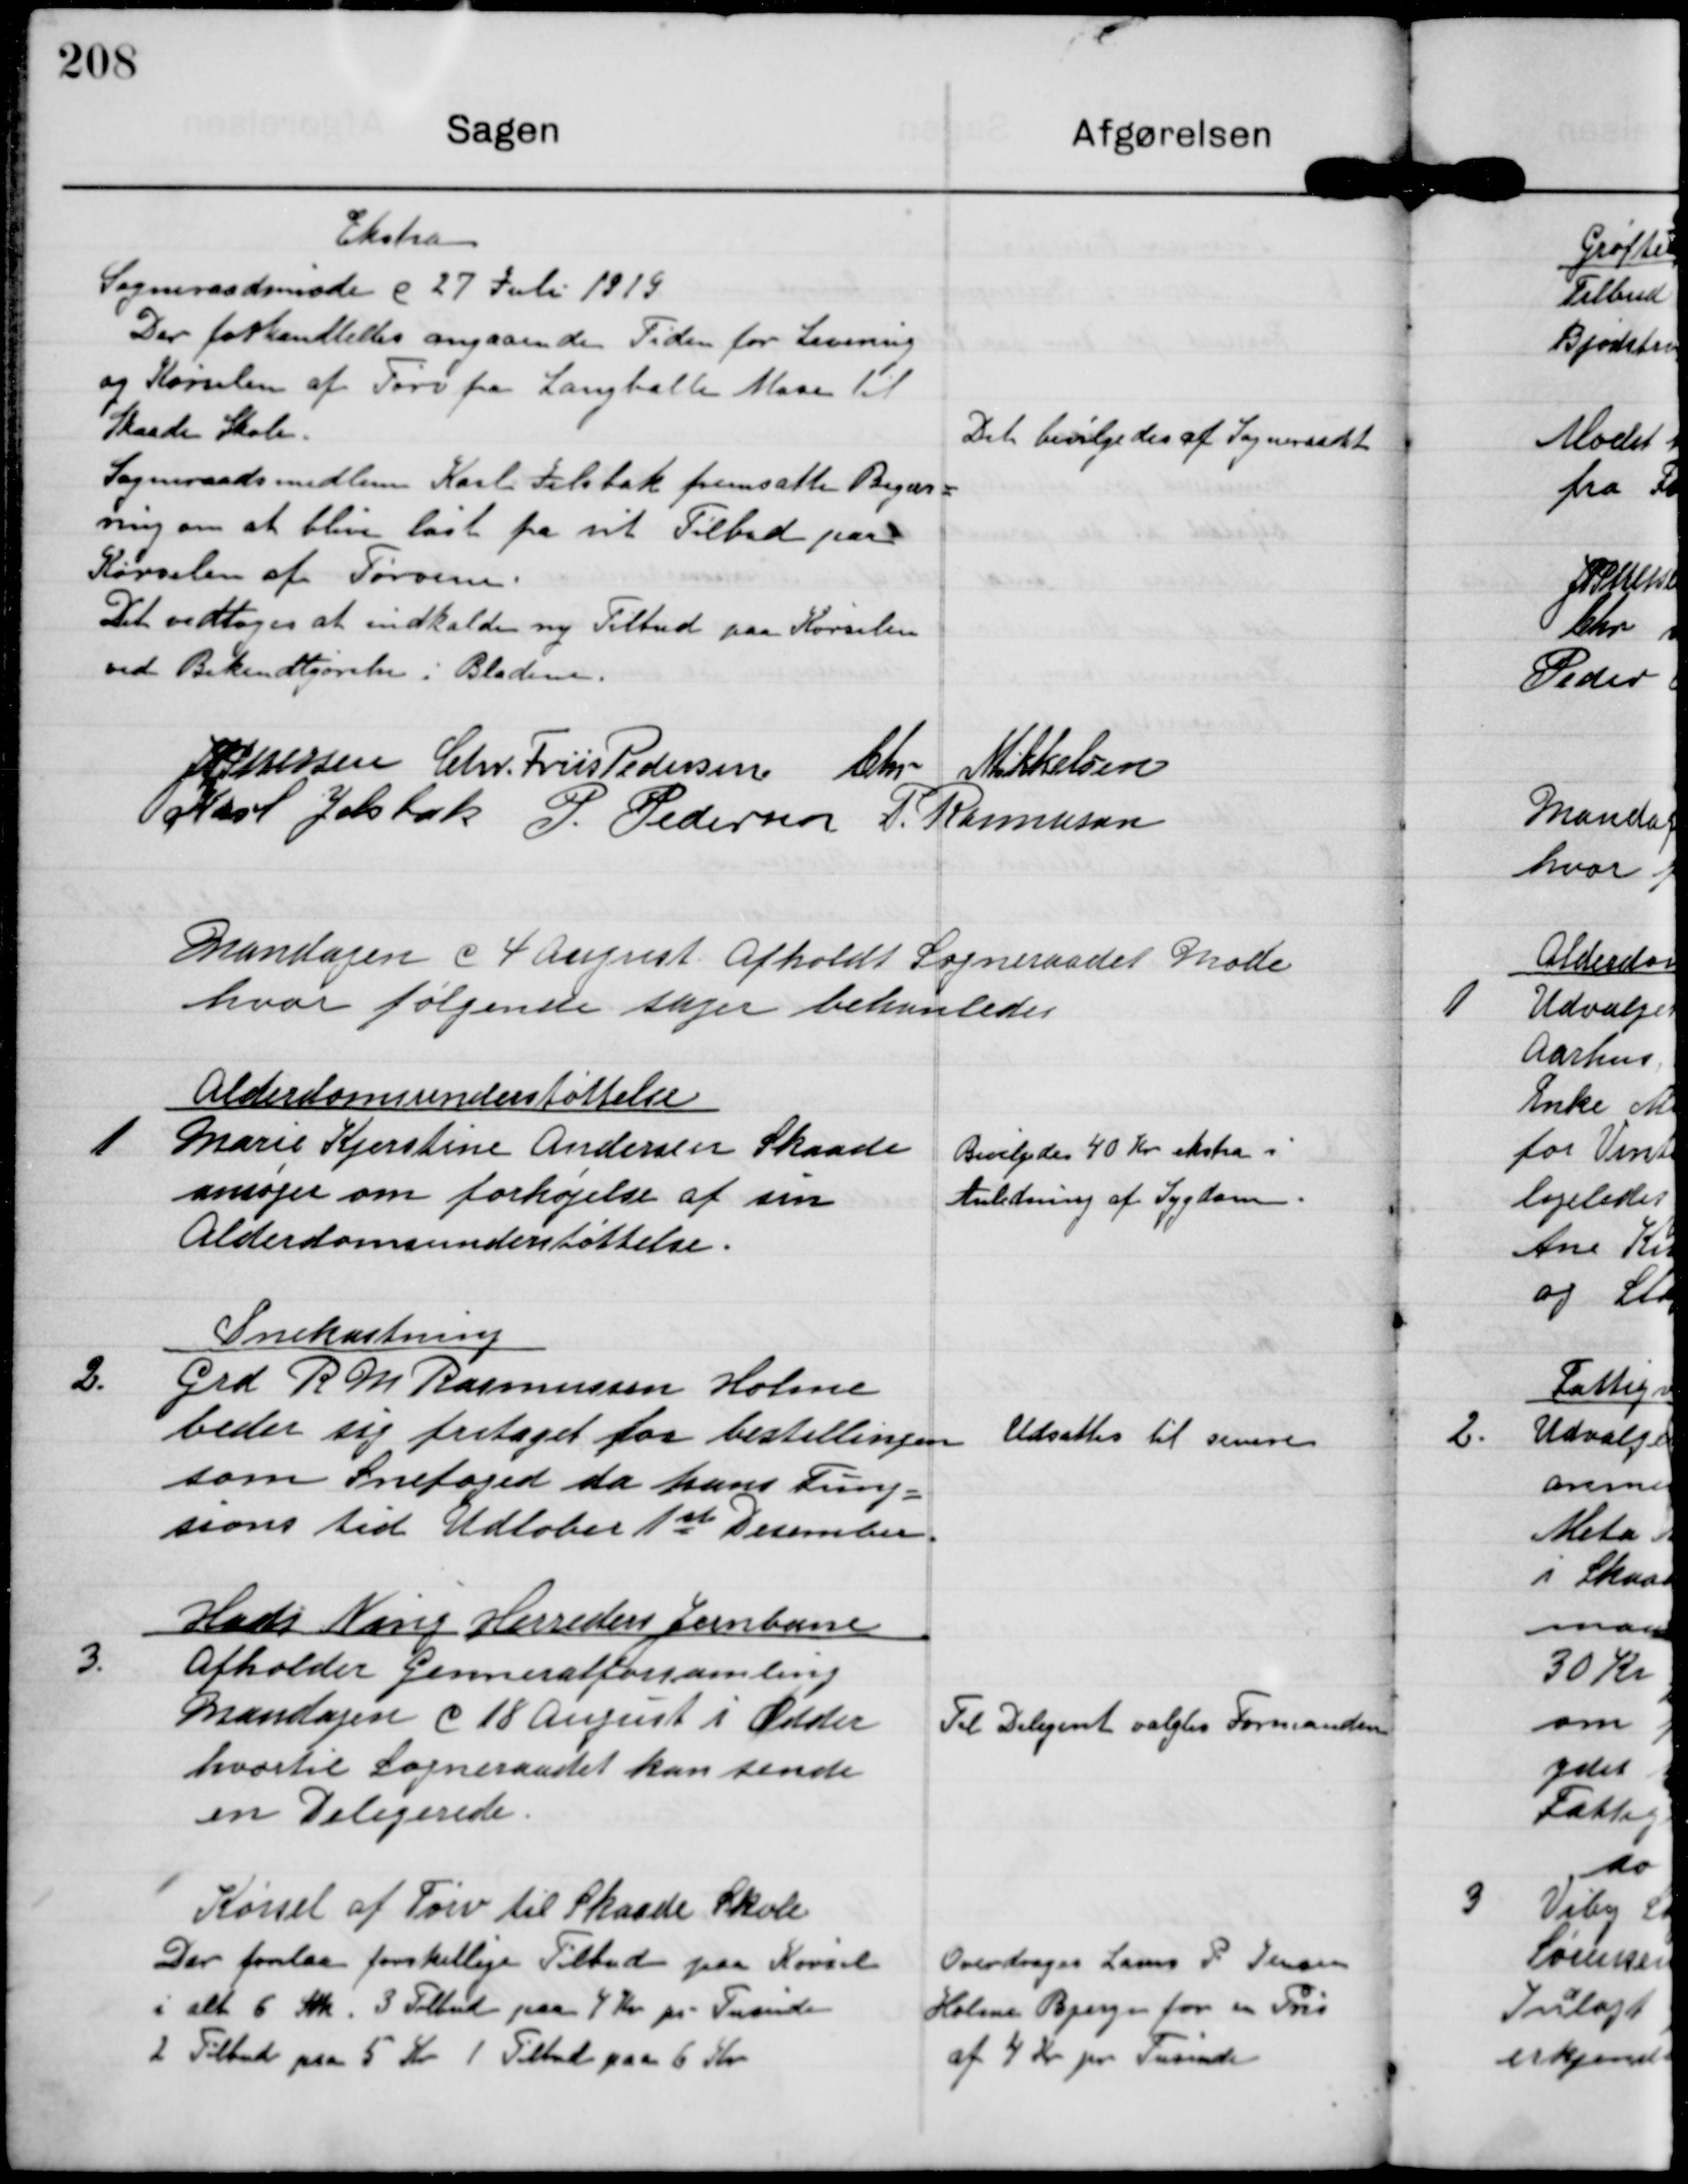
Transskription:
Ekstra
Sogneraadsmøde d 27 Juli 1919
Der forhandledes angaaende Tiden for Levering
af Kørselen af Tørv fra langballe Mose til
Skaade Skole.
Sogneraadsmedlem Karl Jelsbak fremsatte Begær-
ning om at blive løst fra sit Tilbud paa
Kørselen af Tørven.
Det vedtoges at indkalde ny Tilbud paa Kørselen
ved Bekendtgørelse i Bladene.

Det bevilgedes af Sogneraadet

J P Petersen

Chr. Friis Pedersen

Chr Mikkelsen

Karl Jelsbak

P. Pedersen

P. Rasmussen

Mandagen d 4 August afholdt Sogneraadet Møde
hvor følgende sager behanledes

1

Alderdomsunderstøttelse
Marie Kjerstine Andersen Skaade
ansøger om forhøjelse af sin
Alderdomsunderstøttelse.

Bevilgedes 40 kr ekstra i
Anledning af Sygdom.

2.

Snekastning
Grd. R M Rasmussen Holme
beder sig fritaget for bestillingen
som Snefoged da hans Fung-
sions tid Udløber 1st Desember.

Udsattes til senere

3

Hads Ning Herreders Jernbane
Afholder Generalforsamling
Mandagen d 18 August i Odder
hvortil Sogneraadet kan sende
en Delegerede

Til Delegeret valgtes Formanden

Kørsel af Tørv til Skaade Skole
Der forelaa forskellige Tilbud paa Kørsel
i alt 6 Stk 3 Tilbud paa 4 kr pr. Tusinde
2 Tilbud paa 5 Kr 1 Tilbud paa 6 Kr

Overdroges Laurs P Jensen
Holme Bjerge for en Pris
af 4 Kr pr. Tusinde.